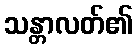
သန္တာလတ်၏